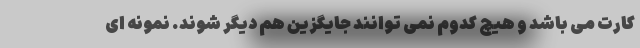
کارت می باشد و هیچ کدوم نمی توانند جایگزین هم دیگر شوند. نمونه ای